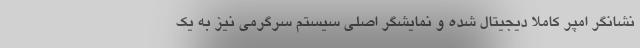
نشانگر امپر کاملا دیجیتال شده و نمایشگر اصلی سیستم سرگرمی نیز به یک